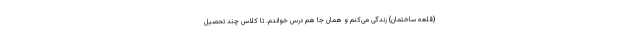
(قلعه ساختمان) زندگی می‌کنم و همان جا هم درس خواندم. تا کلاس چند تحصیل